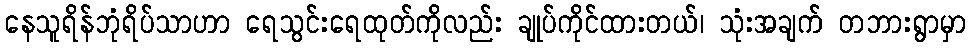
နေသူရိန်ဘုံရိပ်သာဟာ ရေသွင်းရေထုတ်ကိုလည်း ချုပ်ကိုင်ထားတယ်၊ သုံးအချက် တဘားရွာမှာ